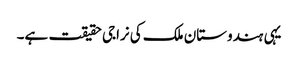
یہی ہندوستان ملک کی نراجی حقیقت ہے۔